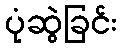
ပုံဆွဲခြင်း